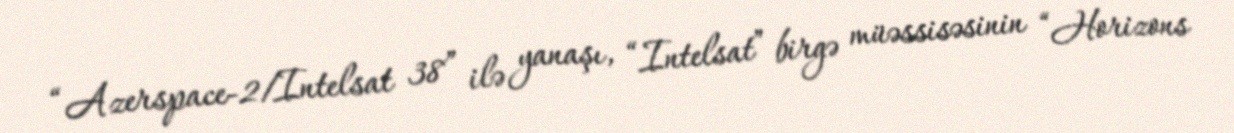
“Azerspace-2/Intelsat 38” ilə yanaşı, “Intelsat” birgə müəssisəsinin “Horizons